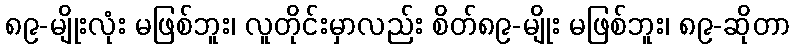
၈၉-မျိုးလုံး မဖြစ်ဘူး၊ လူတိုင်းမှာလည်း စိတ်၈၉-မျိုး မဖြစ်ဘူး၊ ၈၉-ဆိုတာ